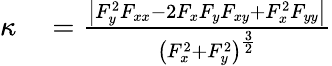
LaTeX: \begin{array}{rl}{\kappa}&{{}={\frac{\left|F_{y}^{2}F_{xx}-2F_{x}F_{y}F_{xy}+F_{x}^{2}F_{yy}\right|}{\left(F_{x}^{2}+F_{y}^{2}\right)^{\frac{3}{2}}}}}\end{array}